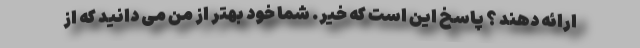
ارائه دهند ؟ پاسخ این است که خیر. شما خود بهتر از من می دانید که از